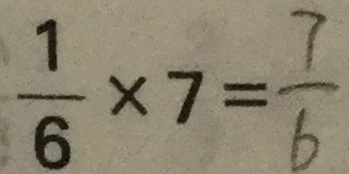
\frac { 1 } { 6 } \times 7 = \frac { 7 } { 6 }